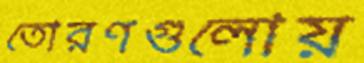
তোরণগুলোয়